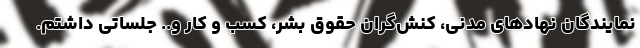
نمایندگان نهادهای مدنی، کنش‌گران حقوق بشر، کسب و کار و.. جلساتی داشتم.